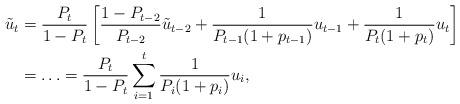
LaTeX: \begin{align*}\tilde u_t &= \frac{P_t}{1- P_t} \left[ \frac{1 - P_{t-2}}{P_{t-2}} \tilde u_{t-2} + \frac{1}{P_{t-1}(1+p_{t-1})} u_{t-1} + \frac{1}{P_t(1+p_t)} u_t\right] \\& = \ldots = \frac{P_{t}}{1-P_{t}} \sum_{i=1}^t \frac{1}{P_{i}(1 + p_i)} u_i,\end{align*}